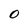
Character: 0